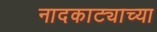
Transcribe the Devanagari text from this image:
नादकाट्याच्या